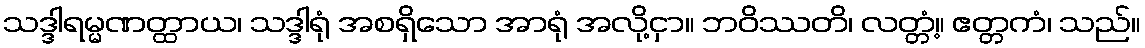
သဒ္ဒါရမ္မဏတ္ထာယ၊ သဒ္ဒါရုံ အစရှိသော အာရုံ အလို့ငှာ။ ဘဝိဿတိ၊ လတ္တံ့။ ဧတ္တကံ၊ သည်။